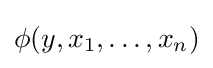
\phi (y,x_{1},\dots ,x_{n})